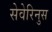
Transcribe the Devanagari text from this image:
सेवेरिनुस